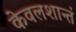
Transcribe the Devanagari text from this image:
केवलशान्तं